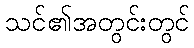
သင်၏အတွင်းတွင်